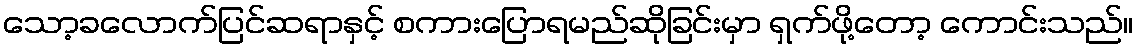
သော့ခလောက်ပြင်ဆရာနှင့် စကားပြောရမည်ဆိုခြင်းမှာ ရှက်ဖို့တော့ ကောင်းသည်။